Annual vaccination report of Bihar and Orissa - 1911-1928
Year: 1911
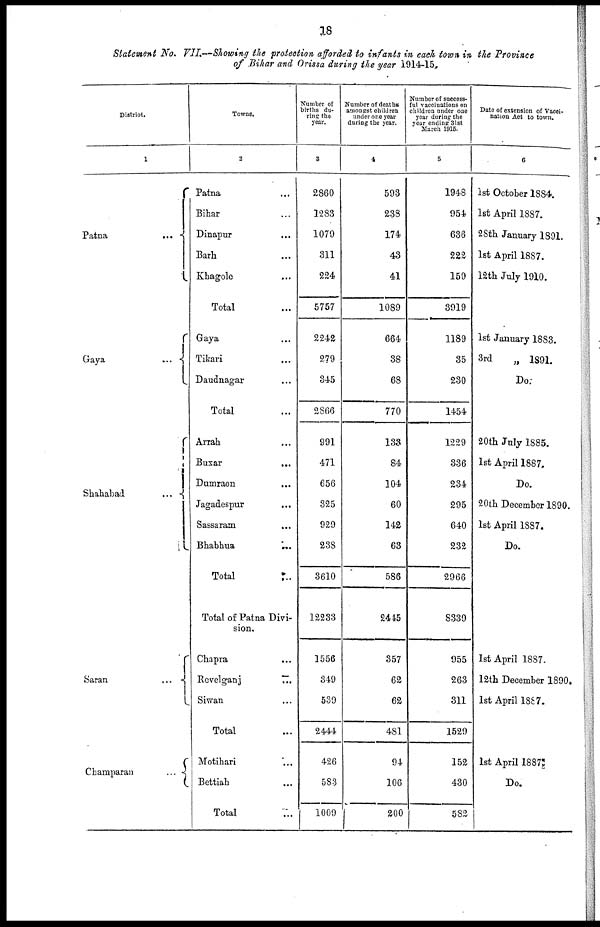
18
Statement No. VII.—Showing the protection afforded to infants in each town in the Province
of Bihar and Orissa during the year 1914-15.
District.
1
Patna
...
Gaya
...
Shahabad
...
Saran
...
Champaran
...
Towns.
2
Patna ...
Bihar ...
Dinapur
...
Barh ...
Khagole ...
Total ...
Gaya ...
Tikari ...
Daudnagar ...
Total ...
Arrah ...
Buxar ...
Dumraon ...
Jagadespur ...
Sassaram ...
Bhabhua
...
Total ...
Total of Patna Divi-
sion.
Chapra ...
Revelganj ...
Siwan ...
Total ...
Motihari ...
Bettiah ...
Total ...
Number of
births du-
ring the
year.
3
2860
1283
1079
311
224
5757
2242
279
345
2866
991
471
656
325
929
238
3610
12233
1556
349
539
2444
426
583
1009
Number of deaths
amongst children
under one year
during the year.
4
593
238
174
43
41
1089
664
38
68
770
133
84
104
60
142
63
586
2445
357
62
62
481
94
106
200
Number of success-
ful vaccinations on
children under one
year during the
year ending 31st
March 1916.
5
1948
954
636
222
159
3919
1189
35
230
1454
1229
336
234
295
640
232
2966
8339
955
263
311
1529
152
430
582
Date of extension of Vacci-
nation Act to town.
6
1st October 1884.
1st April 1887.
28th January 1891.
1st April 1887.
12th July 1910.
1st January 1883.
3rd
„ 1891.
Do.
20th July 1885.
1st April 1887.
Do.
20th December 1890.
1st April 1887.
Do.
1st April 1887.
12th December 1890.
1st April 1887.
1st April 1887.
Do.